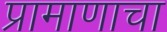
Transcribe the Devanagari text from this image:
प्रामाणाचा